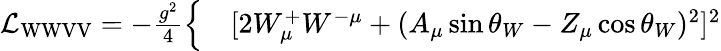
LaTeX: \begin{array}{rl}{{\mathcal{L}}_{\mathrm{WWVV}}=-{\frac{g^{2}}{4}}{\Big\{ }}&{{}[2W_{\mu}^{+}W^{-\mu}+(A_{\mu}\sin\theta_{W}-Z_{\mu}\cos\theta_{W})^{2}]^{2}}\end{array}